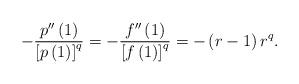
LaTeX: \begin{align*}-\frac{p^{\prime\prime}\left( 1\right) }{\left[ p\left( 1\right) \right]^{q}}=-\frac{f^{\prime\prime}\left( 1\right) }{\left[ f\left( 1\right)\right] ^{q}}=-\left( r-1\right) r^{q}.\end{align*}